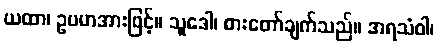
ယထာ၊ ဥပမာအားဖြင့်။ သူဒေါ၊ စားတော်ချက်သည်။ အရသံဝါ၊